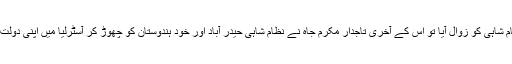
حیدر آباد کی نظام شاہی کو زوال آیا تو اس کے آخری تاجدار مکرم جاہ نے نظام شاہی حیدر آباد اور خود ہندوستان کو چھوڑ کر آسٹرلیا میں اپنی دولت لٹانی شروع کی۔